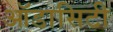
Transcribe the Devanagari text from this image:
ऑडासिटी